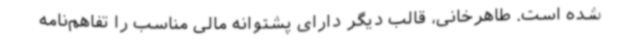
شده است. طاهرخانی، قالب دیگر دارای پشتوانه مالی مناسب را تفاهم‌نامه